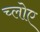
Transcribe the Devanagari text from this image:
च्लोए